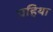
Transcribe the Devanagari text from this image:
ग्रहिया